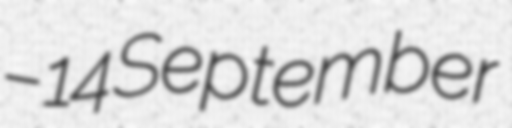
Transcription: – 14 September